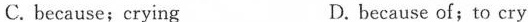
C. because;crying D. because of;to cry